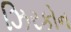
ઝિરકોન